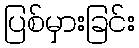
ပြစ်မှားခြင်း